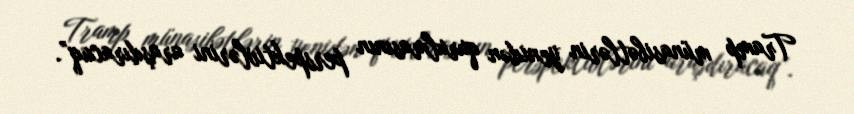
Tramp münasibətlərin yenidən qurulmasının perspektivlərini araşdıracaq”.